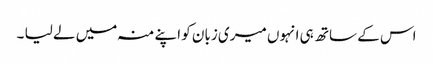
اس کے ساتھ ہی انہوں میری زبان کو اپنے منہ میں لے لیا ۔